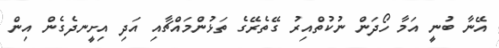
އޭނާ ބުނީ އަމާ ހޯދަން ނުކުތްއިރު ގޭތެރޭގެ ތަޅުންމައްޗާއި އަދި އިށީނދެގެން އިން